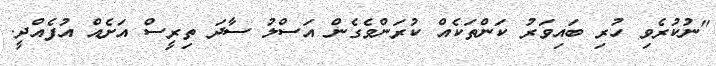
"ނުކުރެވި ހުރި ބައިވަރު ކަންތަކެއް ކުރަންވެގެން އަސްލު ސާދަ ތިރީސް އަށެއް އުފެއްދީ.